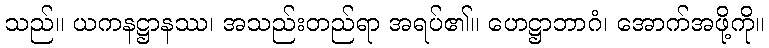
သည်။ ယကနဋ္ဌာနဿ၊ အသည်းတည်ရာ အရပ်၏။ ဟေဋ္ဌာဘာဂံ၊ အောက်အဖို့ကို။